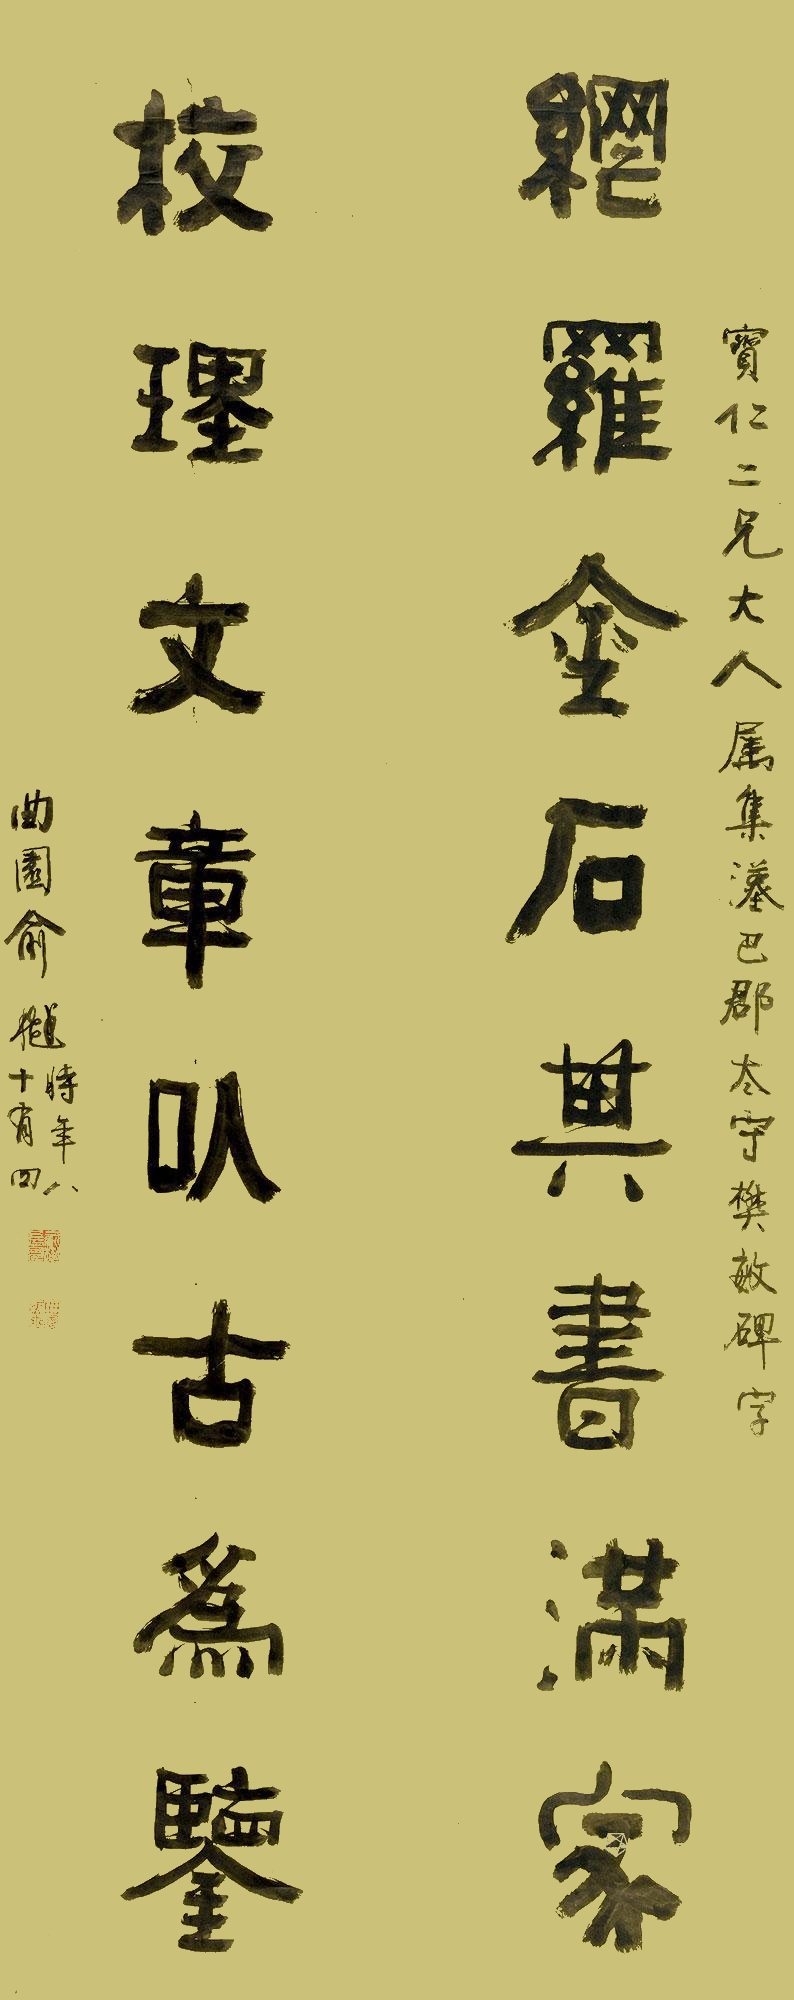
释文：网罗金石其书满家，校理文章以古为鉴。曲园俞樾时年八十有四。宝仁二兄大人属集汉巴郡太守樊敏碑字